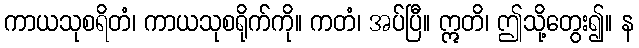
ကာယသုစရိတံ၊ ကာယသုစရိုက်ကို။ ကတံ၊ အပ်ပြီ။ ဣတိ၊ ဤသို့တွေး၍။ န